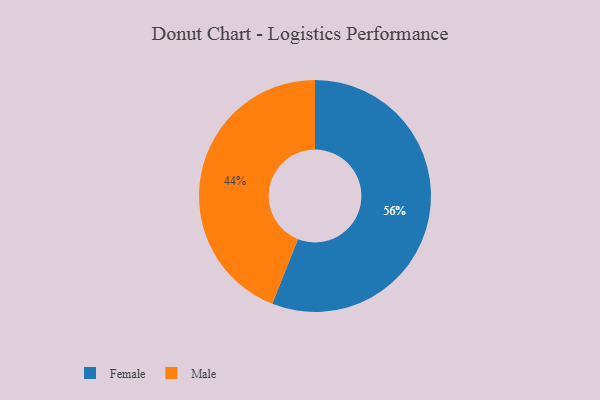
{"axis": {"x": "Category", "y": "Percentage"}, "legend": ["Female", "Male"], "data": [{"x": "Male", "y": 44, "type": "Male"}, {"x": "Female", "y": 56, "type": "Female"}]}